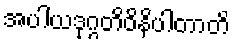
အပါယဒုဂ္ဂတိဝိနိပါတာတိ